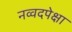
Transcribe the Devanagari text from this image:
नव्वदपेक्षा